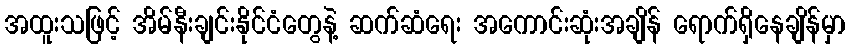
အထူးသဖြင့် အိမ်နီးချင်းနိုင်ငံတွေနဲ့ ဆက်ဆံရေး အကောင်းဆုံးအချိန် ရောက်ရှိနေချိန်မှာ